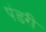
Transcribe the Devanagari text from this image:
पंडरी